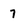
Character: 7